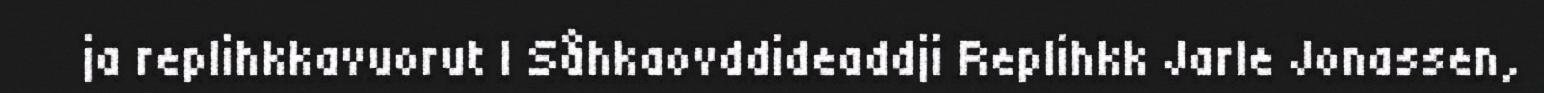
ja replihkkavuorut | Såhkaovddideaddji Replihkk Jarle Jonassen,